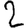
Digit: 2